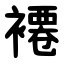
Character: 褼